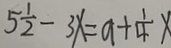
5 \frac { 1 } { 2 } - 3 x = 9 + \frac { 1 } { 4 } x